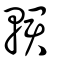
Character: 輑